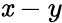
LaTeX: \mathit{x}-y